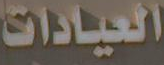
العيادات